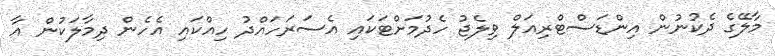
މާލޭގެ ދެކުނުން އިންޑަސްޓްރިއަލް ވިލެޖު ހެދުމަށްޓަކައި އެސަރަހައްދު ހިއްކައި އެހެން ދިމާލަކުން އާ